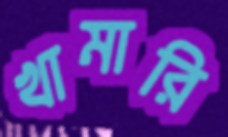
খামারি